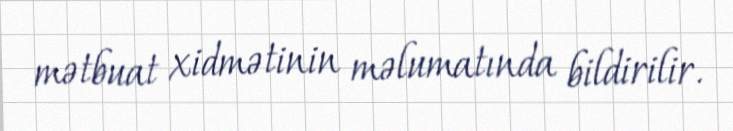
mətbuat xidmətinin məlumatında bildirilir.